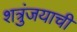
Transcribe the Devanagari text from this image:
शत्रुंजयाची